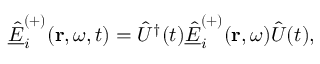
\underline { { \hat { E } } } _ { i } ^ { ( + ) } ( \mathbf { r } , \omega , t ) = \hat { U } ^ { \dagger } ( t ) \underline { { \hat { E } } } _ { i } ^ { ( + ) } ( \mathbf { r } , \omega ) \hat { U } ( t ) ,